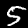
Digit: 5